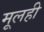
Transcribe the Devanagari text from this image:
मूलही